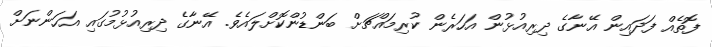
ފޮތެއް ފަދައިން އޭނާގެ ދިރިއުޅުން އަހަރެން ކުރިމައްޗަށް ބަންޑުންކޮށްލައެވެ. އޭނާގެ ދިރިއުޅުމުގައި އަހަންނަށް